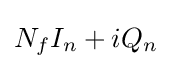
N_{f}I_{n}+iQ_{n}